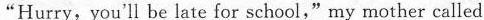
"Hurry,you'll be late for school,"my mother called